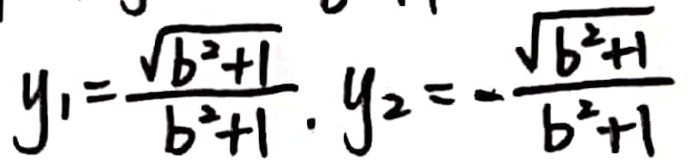
y _ { 1 } = \frac { \sqrt { b ^ { 2 } + 1 } } { b ^ { 2 } + 1 } . y _ { 2 } = - \frac { \sqrt { b ^ { 2 } + 1 } } { b ^ { 2 } + 1 }